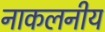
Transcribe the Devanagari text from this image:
नाकलनीय